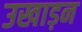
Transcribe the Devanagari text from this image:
उखाड़न